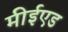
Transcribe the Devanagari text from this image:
मीईएड